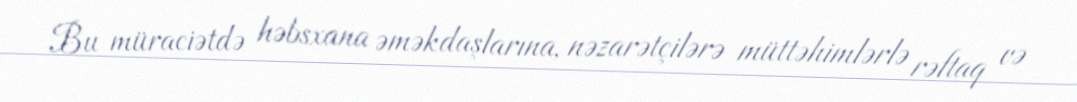
Bu müraciətdə həbsxana əməkdaşlarına, nəzarətçilərə müttəhimlərlə rəftaq və